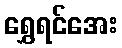
ရွှေရင်အေး